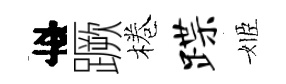
李蹶棬蹀姬